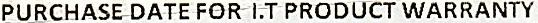
PURCHASE DATE FOR I.T PRODUCT WARRANTY